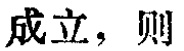
成立，则